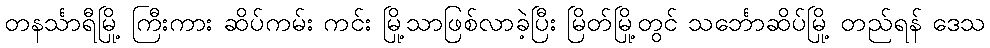
တနင်္သာရီမြို့ ကြီးကား ဆိပ်ကမ်း ကင်း မြို့သာဖြစ်လာခဲ့ပြီး မြိတ်မြို့တွင် သင်္ဘောဆိပ်မြို့ တည်ရန် ဒေသ